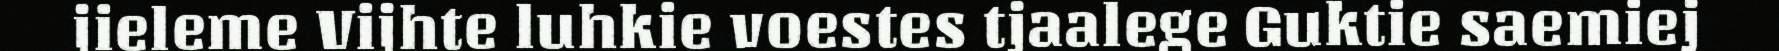
jieleme Vijhte luhkie voestes tjaalege Guktie saemiej